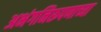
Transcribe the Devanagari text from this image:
अभंगनिरूपणाच्या